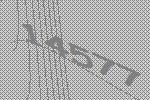
14577